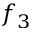
f _ { 3 }